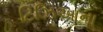
ટિઝિઆના